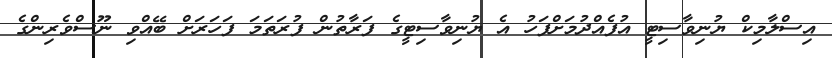
އިސްލާމިކް ޔުނިވާސިޓީ އުފެއްދުމަށްފަހު އެ ޔުނިވާސިޓީގެ ފަރާތުން ފުރަތަމަ ފަހަރަށް ބޭއްވި ނޫސްވެރިންގެ